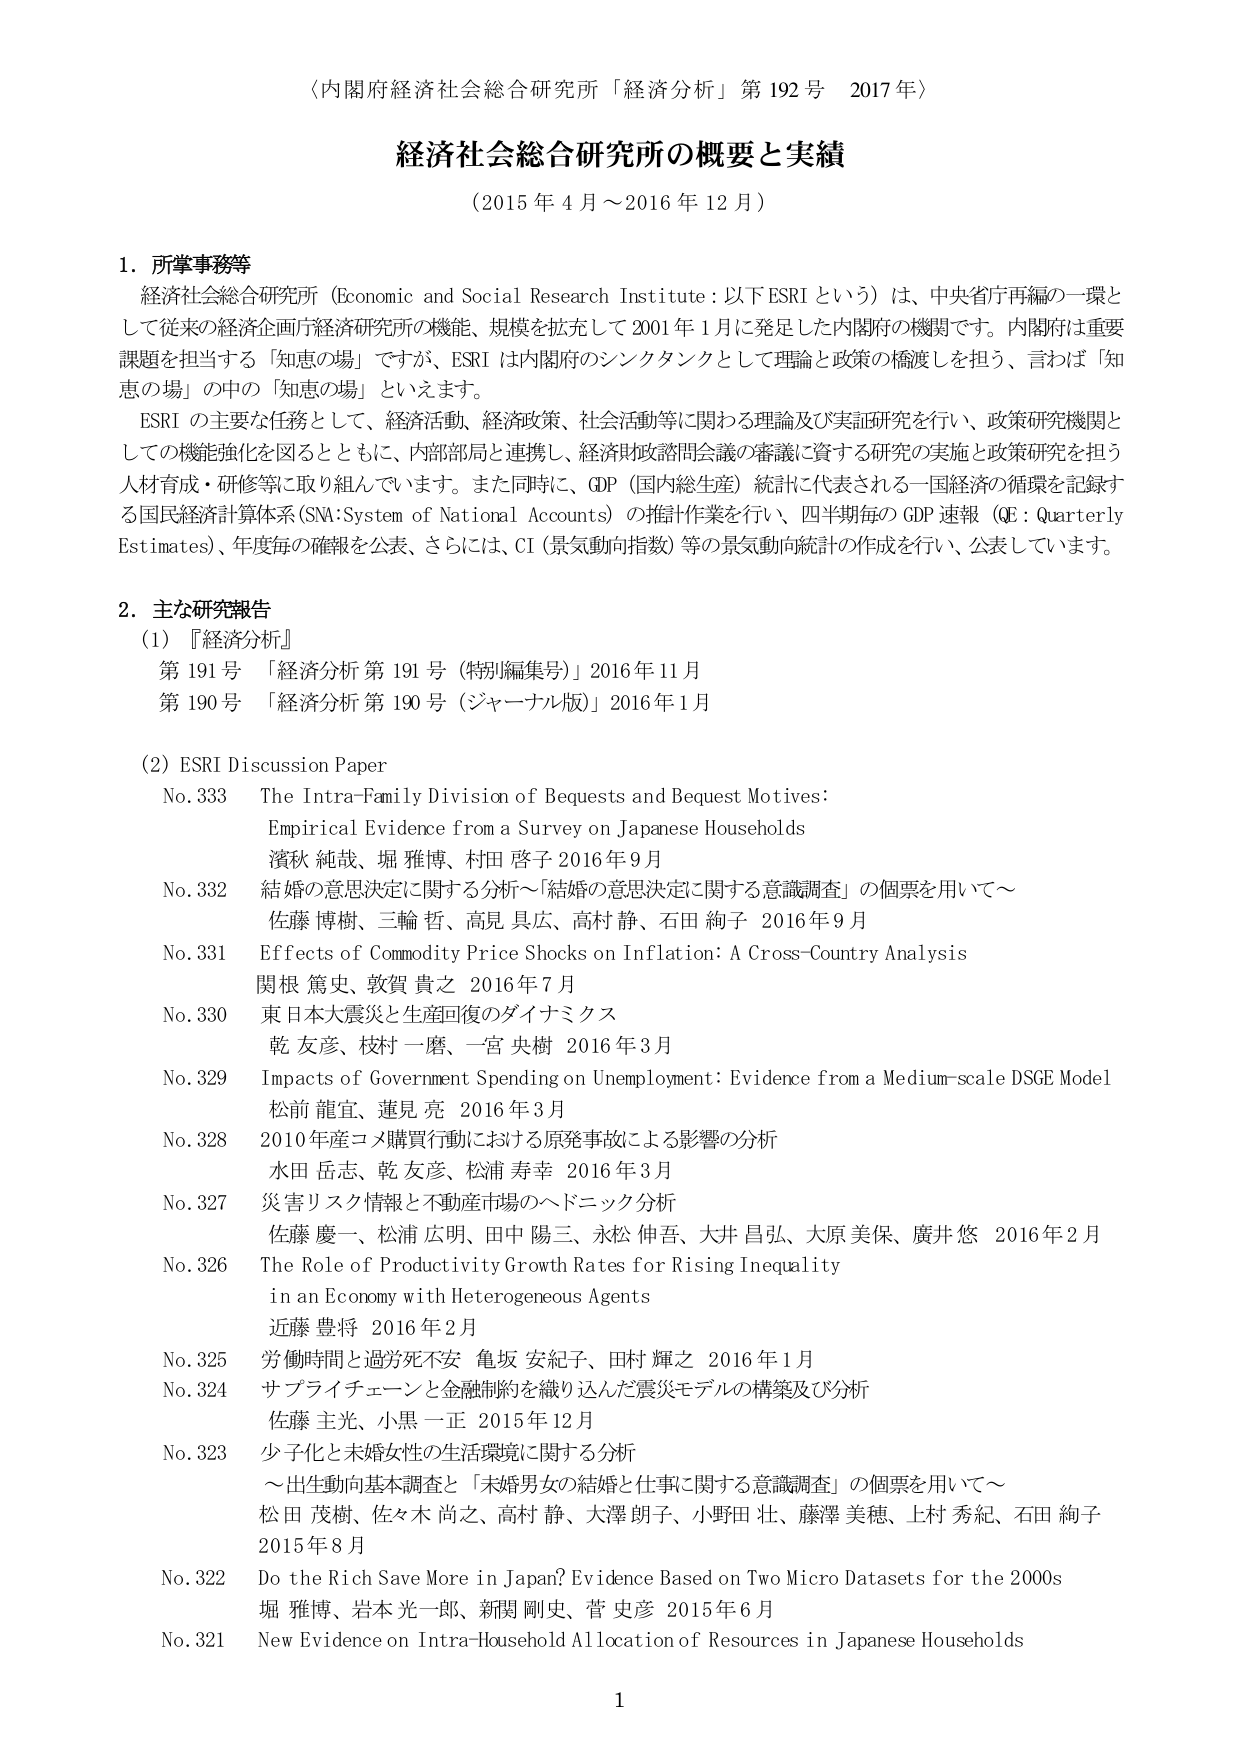
〈内閣府経済社会総合研究所「経済分析」第192号 2017年〉

経済社会総合研究所の概要と実績
（2015年4月～2016年12月）

1．所掌事務等
経済社会総合研究所（Economic and Social Research Institute：以下ESRIという）は、中央省庁再編の一環として従来の経済企画庁経済研究所の機能、規模を拡充して2001年1月に発足した内閣府の機関です。内閣府は重要課題を担当する「知恵の場」ですが、ESRIは内閣府のシンクタンクとして理論と政策の橋渡しを担う、言わば「知恵の場」の中の「知恵の場」といえます。
ESRIの主要な任務として、経済活動、経済政策、社会活動等に関わる理論及び実証研究を行い、政策研究機関としての機能強化を図るとともに、内部部局と連携し、経済財政諮問会議の審議に資する研究の実施と政策研究を担う人材育成・研修等に取り組んでいます。また同時に、GDP（国内総生産）統計に代表される一国経済の循環を記録する国民経済計算体系（SNA:System of National Accounts）の推計作業を行い、四半期毎のGDP速報（QE：Quarterly Estimates）、年度毎の確報を公表、さらには、CI（景気動向指数）等の景気動向統計の作成を行い、公表しています。

2．主な研究報告
（1）『経済分析』
第191号 「経済分析 第191号（特別編集号）」2016年11月
第190号 「経済分析 第190号（ジャーナル版）」2016年1月

（2）ESRI Discussion Paper
No.333 The Intra-Family Division of Bequests and Bequest Motives:
Empirical Evidence from a Survey on Japanese Households
濱秋 純哉、堀 雅博、村田 啓子 2016年9月
No.332 結婚の意思決定に関する分析～「結婚の意思決定に関する意識調査」の個票を用いて～
佐藤 博樹、三輪 哲、高見 具広、高村 静、石田 絢子 2016年9月
No.331 Effects of Commodity Price Shocks on Inflation: A Cross-Country Analysis
関根 篤史、敦賀 貴之 2016年7月
No.330 東日本大震災と生産回復のダイナミクス
乾 友彦、枝村 一磨、一宮 央樹 2016年3月
No.329 Impacts of Government Spending on Unemployment: Evidence from a Medium-scale DSGE Model
松前 龍宜、蓮見 亮 2016年3月
No.328 2010年産コメ購買行動における原発事故による影響の分析
水田 岳志、乾 友彦、松浦 寿幸 2016年3月
No.327 災害リスク情報と不動産市場のヘドニック分析
佐藤 慶一、松浦 広明、田中 陽三、永松 伸吾、大井 昌弘、大原 美保、廣井 悠 2016年2月
No.326 The Role of Productivity Growth Rates for Rising Inequality
in an Economy with Heterogeneous Agents
近藤 豊将 2016年2月
No.325 労働時間と過労死不安 亀坂 安紀子、田村 輝之 2016年1月
No.324 サプライチェーンと金融制約を織り込んだ震災モデルの構築及び分析
佐藤 主光、小黒 一正 2015年12月
No.323 少子化と未婚女性の生活環境に関する分析
～出生動向基本調査と「未婚男女の結婚と仕事に関する意識調査」の個票を用いて～
松田 茂樹、佐々木 尚之、高村 静、大澤 朋子、小野田 壮、藤澤 美穂、上村 秀紀、石田 絢子 2015年8月
No.322 Do the Rich Save More in Japan? Evidence Based on Two Micro Datasets for the 2000s
堀 雅博、岩本 光一郎、新関 剛史、菅 史彦 2015年6月
No.321 New Evidence on Intra-Household Allocation of Resources in Japanese Households

1